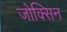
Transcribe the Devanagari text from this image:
जोक्सिन